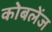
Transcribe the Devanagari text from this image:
कोबलेंज